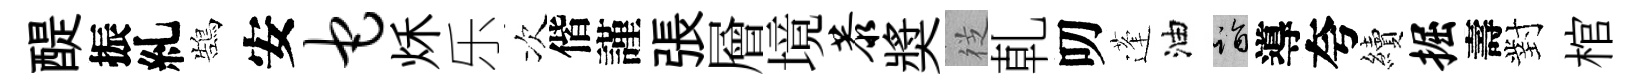
醍振糺鵠安它秌乐次偕謹張層境恭奬徔乹叨蓬油诣導夸續掘壽對棺